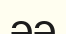
әә